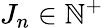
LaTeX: J_{n}\in\mathbb{N}^{+}